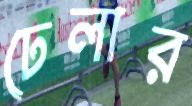
ঢেলার